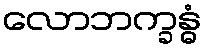
လောဘက္ခန္ဓံ